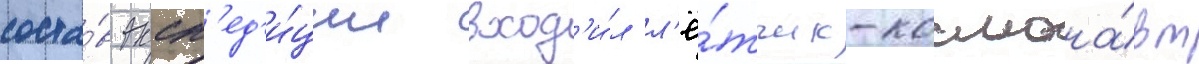
соста́в эксп'ед'и́ции вход'и́л л'ё́тчик-космона́вт